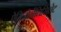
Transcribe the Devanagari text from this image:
ऐमिनोसैलिसिलेट